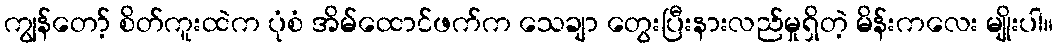
ကျွန်တော့် စိတ်ကူးထဲက ပုံစံ အိမ်ထောင်ဖက်က သေချာ တွေးပြီးနားလည်မှုရှိတဲ့ မိန်းကလေး မျိုးပါ။